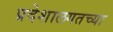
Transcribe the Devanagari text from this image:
प्रदेशालगतच्या